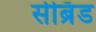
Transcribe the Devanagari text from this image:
सीब्रँड